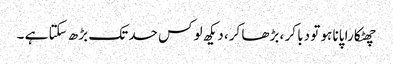
چھٹکارا پانا ہو تو دبا کر ، بڑھا کر، دیکھ لو کس حد تک بڑھ سکتا ہے ۔